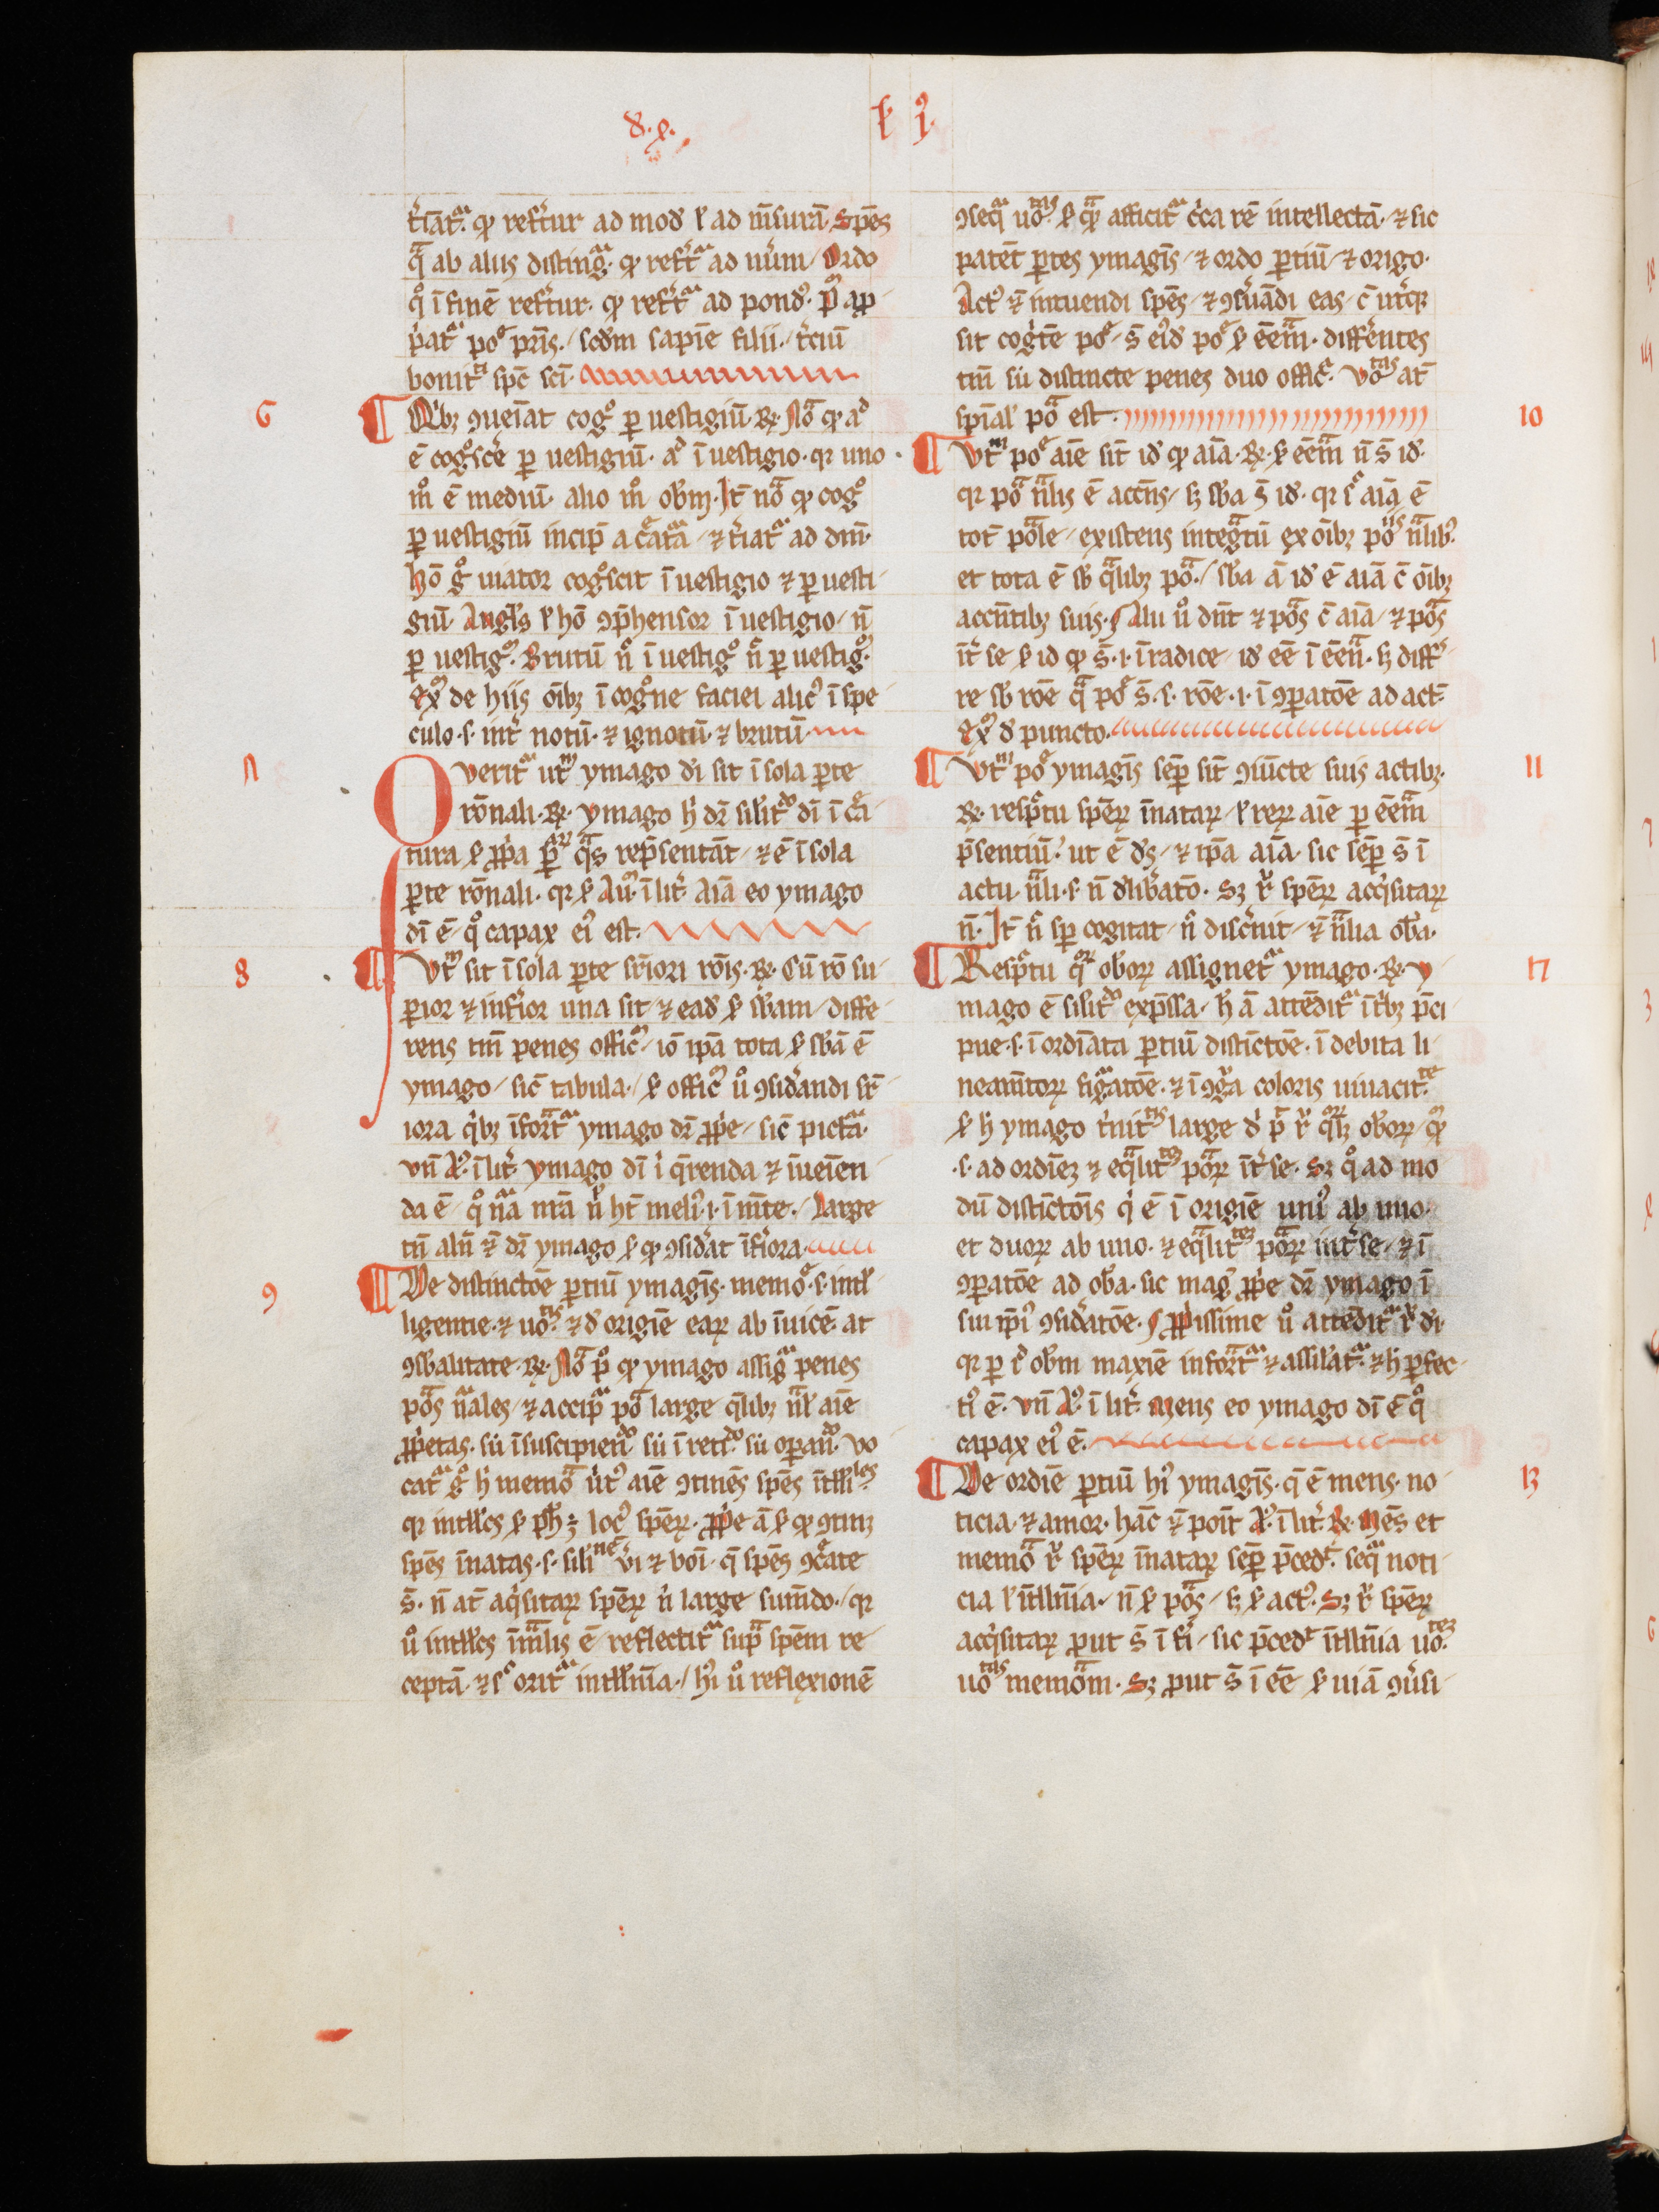
Shelfmark: Aarau, Aargauer Kantonsbibliothek, MsWettF 15
Century: 13